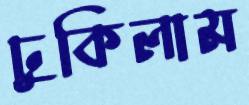
ঢুকিলাম